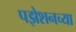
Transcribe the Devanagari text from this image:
पझेशनच्या